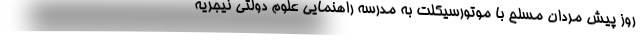
روز پیش مردان مسلح با موتورسیکلت به مدرسه راهنمایی علوم دولتی نیجریه